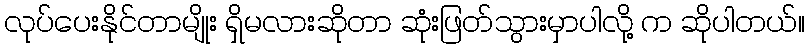
လုပ်ပေးနိုင်တာမျိုး ရှိမလားဆိုတာ ဆုံးဖြတ်သွားမှာပါလို့ က ဆိုပါတယ်။